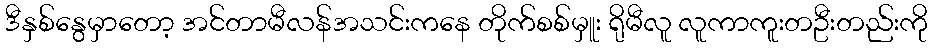
ဒီနှစ်နွေမှာတော့ အင်တာမီလန်အသင်းကနေ တိုက်စစ်မှူး ရိုမီလူ လူကာကူးတဦးတည်းကို